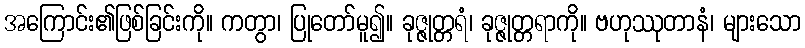
အကြောင်း၏ဖြစ်ခြင်းကို။ ကတွာ၊ ပြုတော်မူ၍။ ခုဇ္ဇုတ္တရံ၊ ခုဇ္ဇုတ္တရာကို။ ဗဟုဿုတာနံ၊ များသော